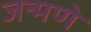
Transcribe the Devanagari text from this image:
जन्मणे